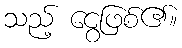
သည့် ငွေဖြစ်၏။